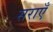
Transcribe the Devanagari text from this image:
सराएँ